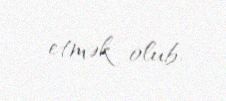
etmək olub.